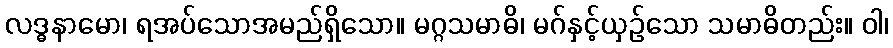
လဒ္ဓနာမော၊ ရအပ်သောအမည်ရှိသော။ မဂ္ဂသမာဓိ၊ မဂ်နှင့်ယှဉ်သော သမာဓိတည်း။ ဝါ၊